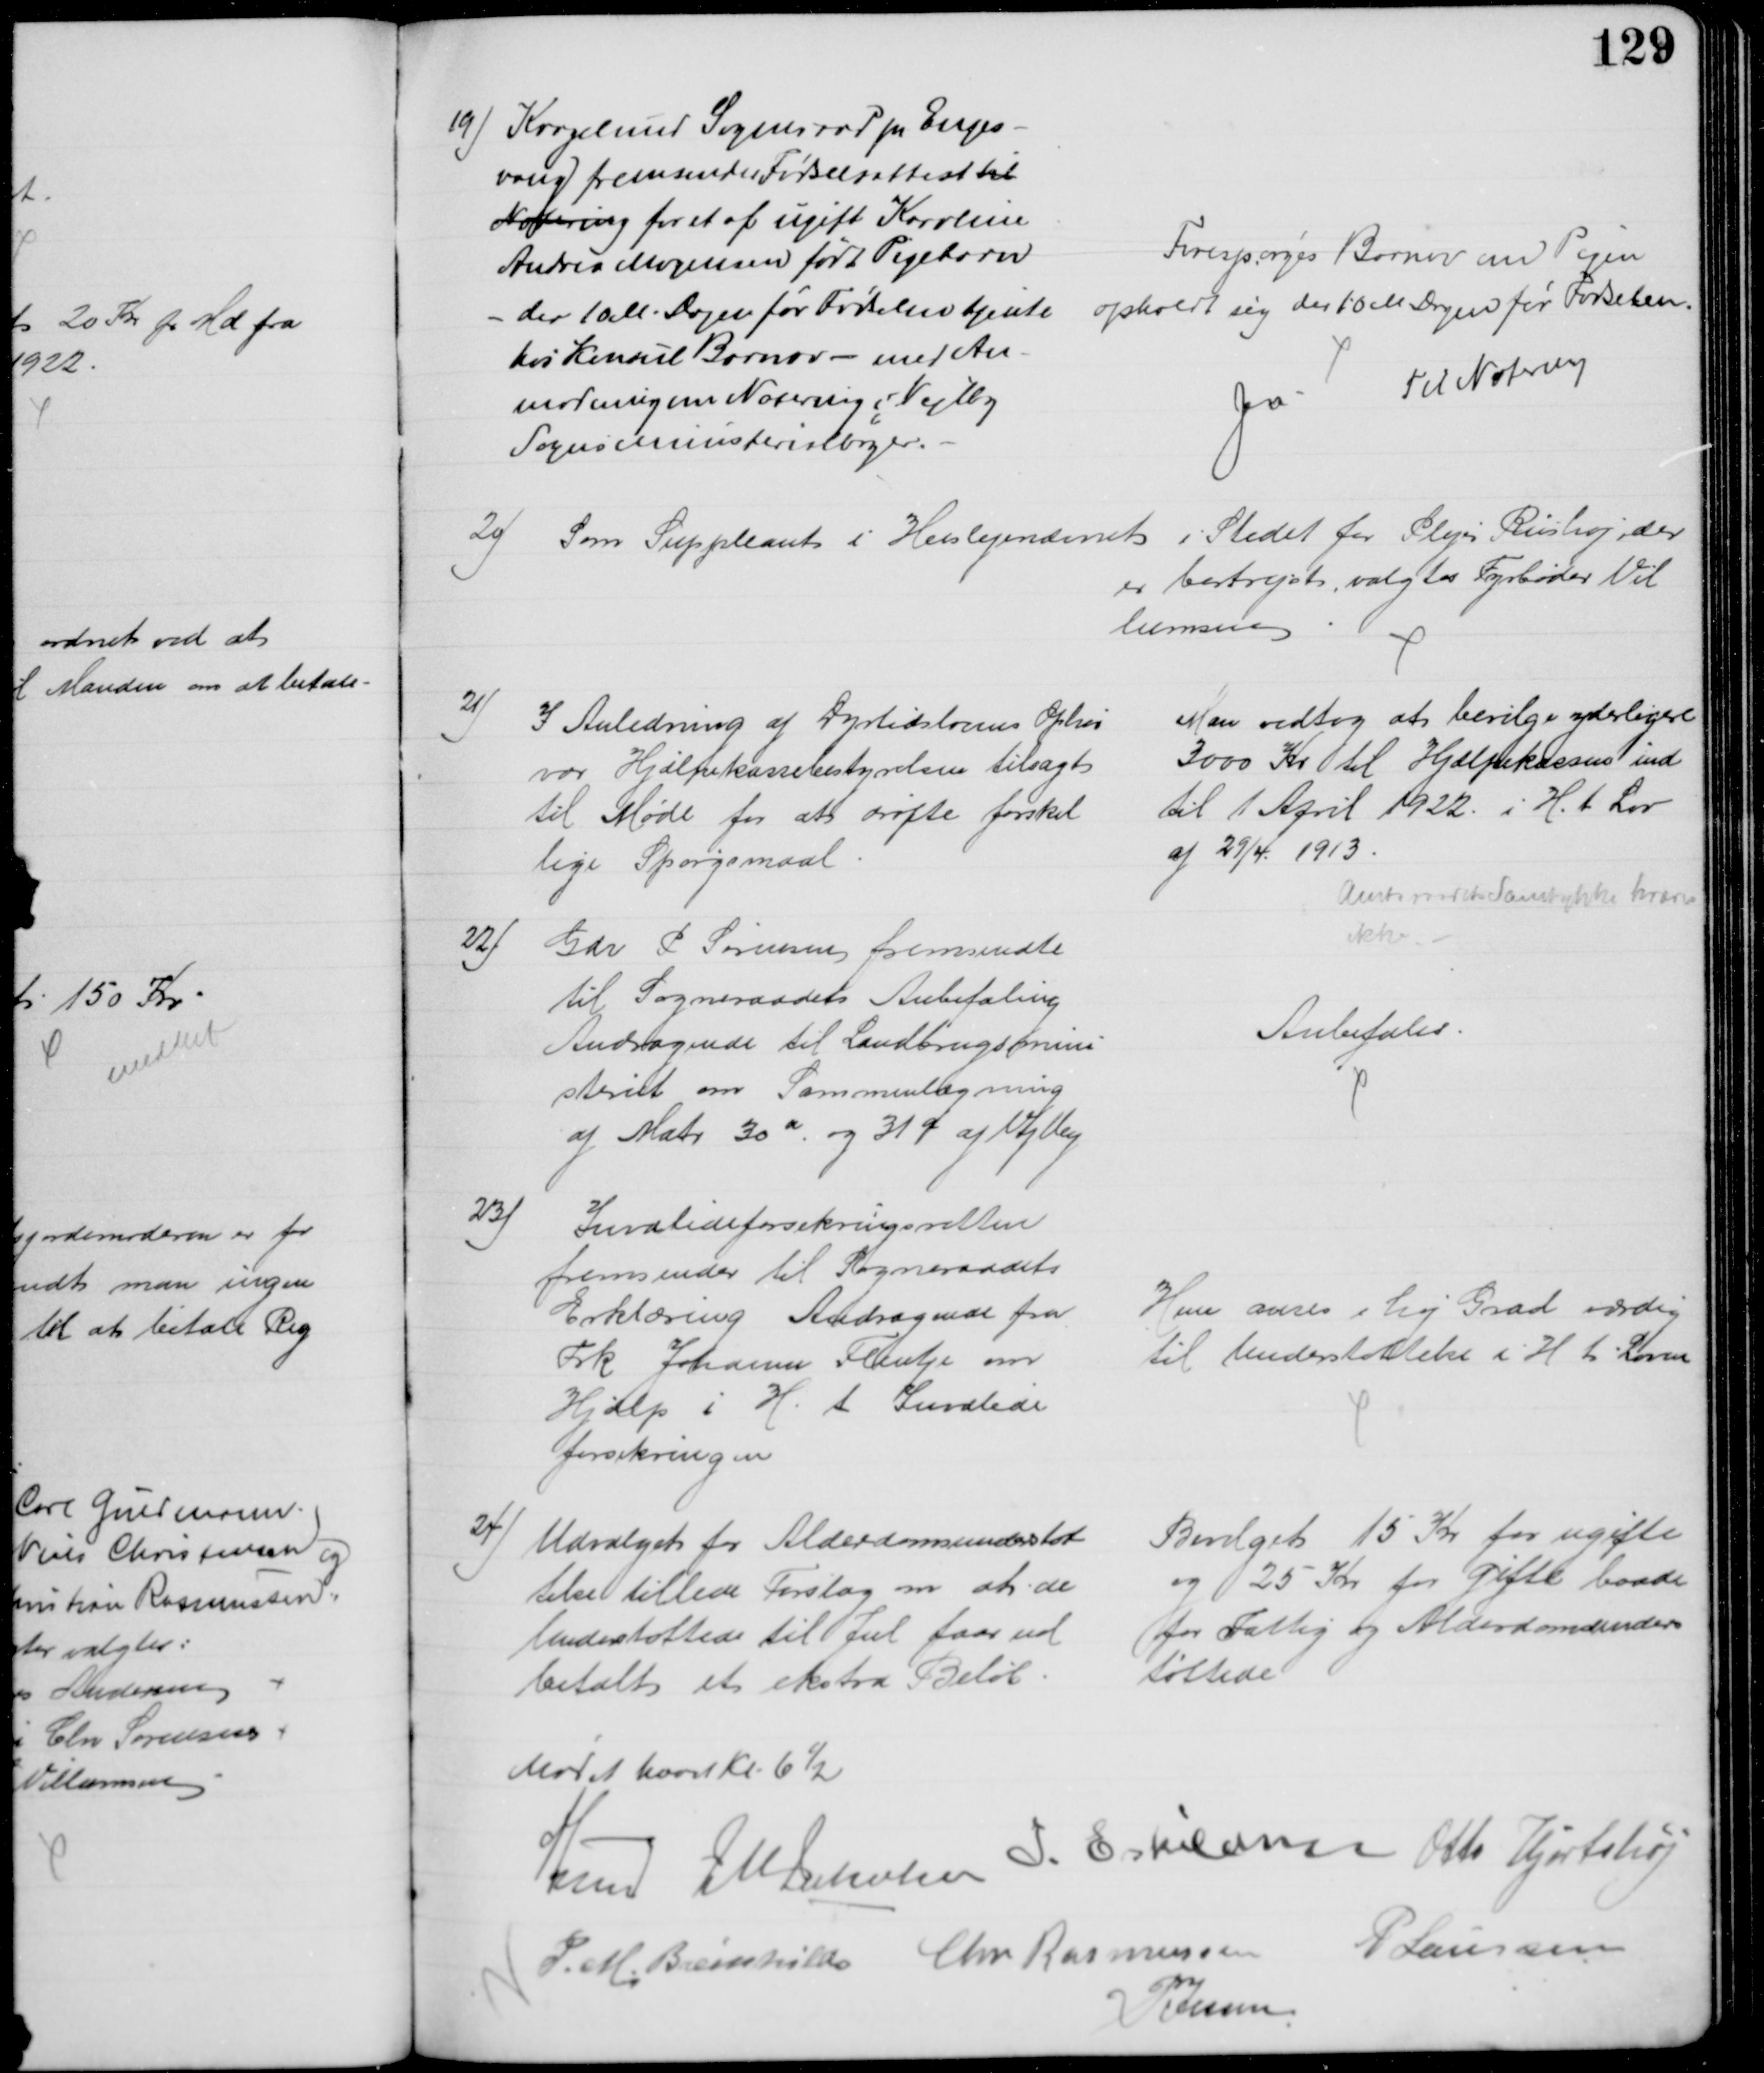
Transskription:
19) Kragelund Sogneraad pr. Enges-
vang fremsender Fødselsattest til
Notering for et af ugift Karoline
Andrea Mogensen født Pigebarn
- der 10 M. Dagen før Fødselen tjente
hos Konsul Barnov - med An-
modning om Notering i Vejlby
Sogns Ministerialbøger.
Forespørges Barnov om Pigen
opholdt sig der 10 M Dagen før Fødselen.
Ja
Til Notering
20)
Som Suppleant i Huslejenævnet i Stedet for Plejer Riishøj, der
er bortrejst, valgtes Fyrbøder Vil
lumsen
21)
I Anledning af Dyrtidslovens Ophør
var Hjælpekassebestyrelsen tilsagt 
til Møde for at drøfte forskel
lige Spørgsmaal
Man vedtog at bevilge yderligere
3000 Kr til Hjælpekassen ind
til 1 April 1922 i H. t. Lov
af 29/4 1913.
Amtsraadets Samtykke kræves
ikke
22)
Gdr P Sørensen fremsendte
til Sogneraadets Anbefaling
Andragende til Landbrugsmini-
steriet om Sammenlægning
af Matr. 30 a og 31 a af Vejlby
Anbefales.
23)
Invalideforsikringsretten
fremsender til Sogneraadets
Erklæring Andragende fra
Frk Johanne Flentje om
Hjælp i H. t. Invalide
forsikringen
Hun anses i høj Grad værdig
til Understøttelse i H t Loven
24) Udvalget for Alderdomsunderstøt
telse tillede Forslag om at de
Understøttede til Jul faar ud
betalt et ekstra Beløb.
Bevilget 15 Kr for ugifte
og 25 Kr for gifte baade
for Fattig og Alderdomsunders
tøttede
Mødet hævet Kl. 6½
A Lund J M Jakobsen J. Eskildsen Otto Hjortshøj
P. M. Breinhild Chr. Rasmussen P Laursen
P Jessen